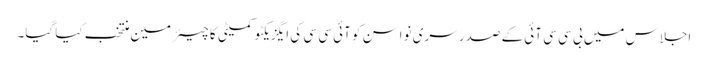
اجلاس میں بی سی سی آئی کے صدر سری نواسن کو آئی سی سی کی ایگزیکٹو کمیٹی کا چیئرمین منتخب کیا گیا۔